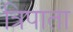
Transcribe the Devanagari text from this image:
त्रिपाता